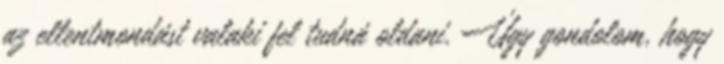
az ellentmondást valaki fel tudná oldani. Úgy gondolom, hogy